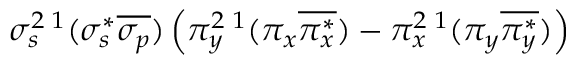
\sigma _ { s } ^ { 2 } { } \, ^ { 1 } ( \sigma _ { s } ^ { * } \overline { { \sigma _ { p } } } ) \left( \pi _ { y } ^ { 2 } { } \, ^ { 1 } ( \pi _ { x } \overline { { \pi _ { x } ^ { * } } } ) - \pi _ { x } ^ { 2 } { } \, ^ { 1 } ( \pi _ { y } \overline { { \pi _ { y } ^ { * } } } ) \right)